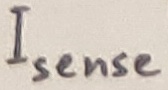
Text: Isense